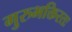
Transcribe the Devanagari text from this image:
गुरुभक्तिरतः